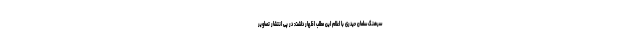
سرهنگ سلمان حیدری با اعلام این مطلب اظهار داشت: در پی انتشار تصاویر